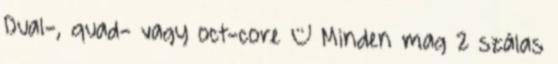
Dual-, quad- vagy oct-core – Minden mag 2 szálas